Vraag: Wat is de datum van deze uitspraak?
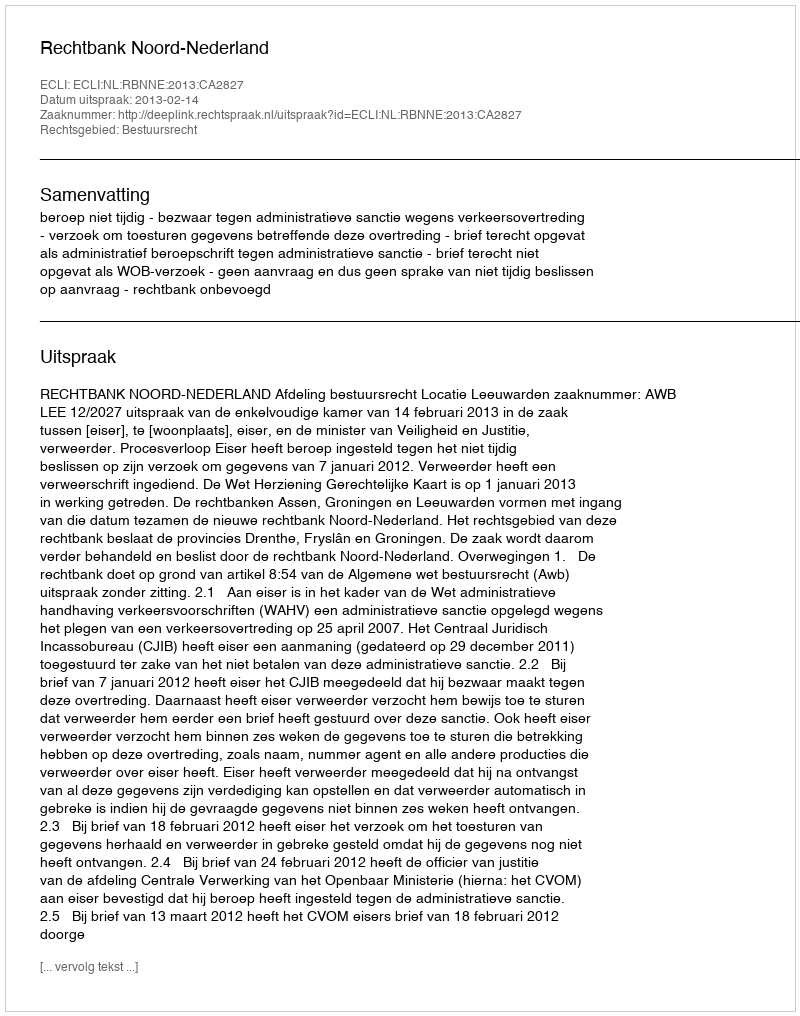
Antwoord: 2013-02-14